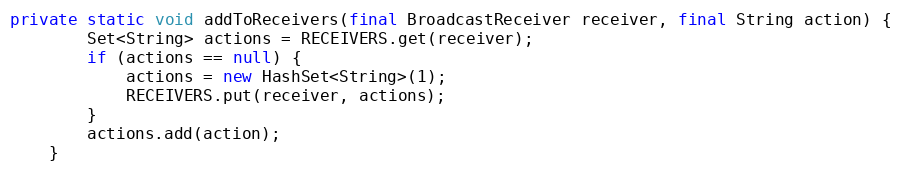
Language: Java
private static void addToReceivers(final BroadcastReceiver receiver, final String action) {
		Set<String> actions = RECEIVERS.get(receiver);
		if (actions == null) {
			actions = new HashSet<String>(1);
			RECEIVERS.put(receiver, actions);
		}
		actions.add(action);
	}